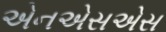
એનએસએસ